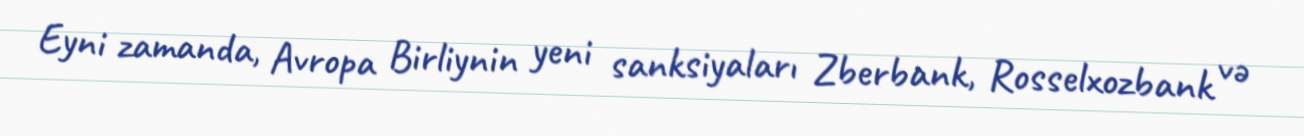
Eyni zamanda, Avropa Birliynin yeni sanksiyaları Zberbank, Rosselxozbank və